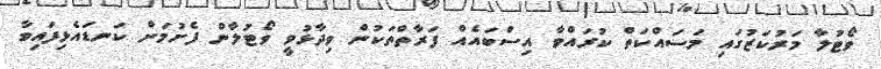
ވޯޓުލާ މަރުކަޒުގައި މަސައްކަތް ކުރައްވާ އިސްބައެއް ފަރާތްތަކުން ވިދާޅުވީ ވޯޓުލާން ފެށުމަށް ކަނޑައެޅިފައިވާ